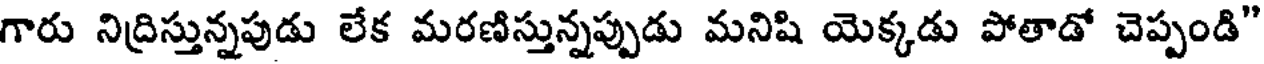
గారు నిద్రిస్తున్నపుడు లేక మరణిస్తున్నప్పుడు మనిషి యెక్కడు పోతాడో చెప్పండి"